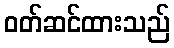
ဝတ်ဆင်ထားသည်